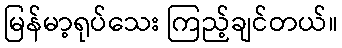
မြန်မာ့ရုပ်သေး ကြည့်ချင်တယ်။